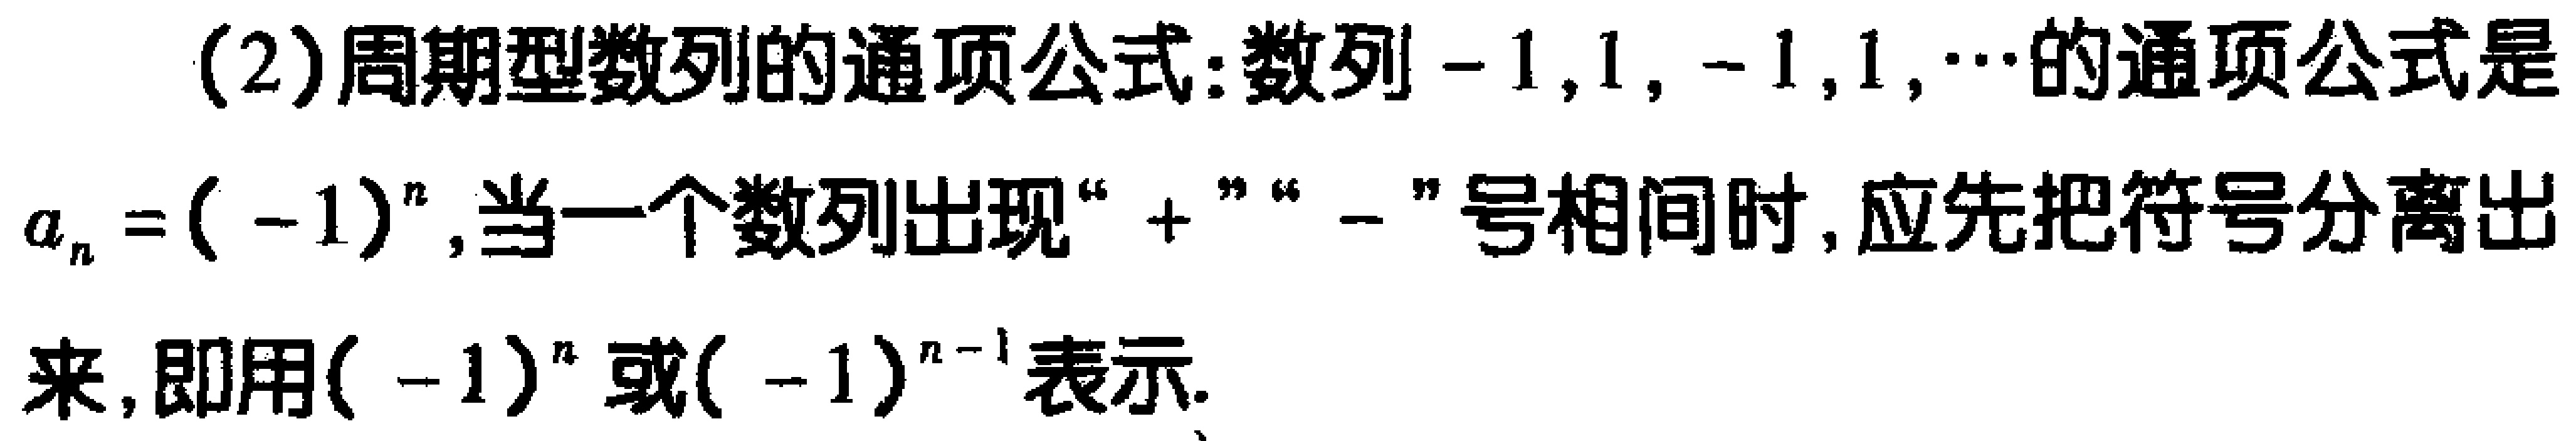
(2)周期型数列的通项公式: 数列\(-1,1, -1,1,\cdots\)的通项公式是\(a_{n}=(-1)^{n}\),当一个数列出现“\(+\)”“\(-\)”号相间时, 应先把符号分离出来, 即用\((-1)^{n}\)或\((-1)^{n - 1}\)表示.